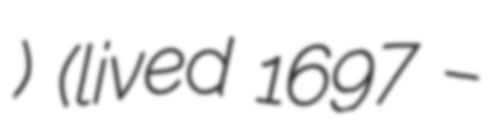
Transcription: غلجي) (lived 1697 –